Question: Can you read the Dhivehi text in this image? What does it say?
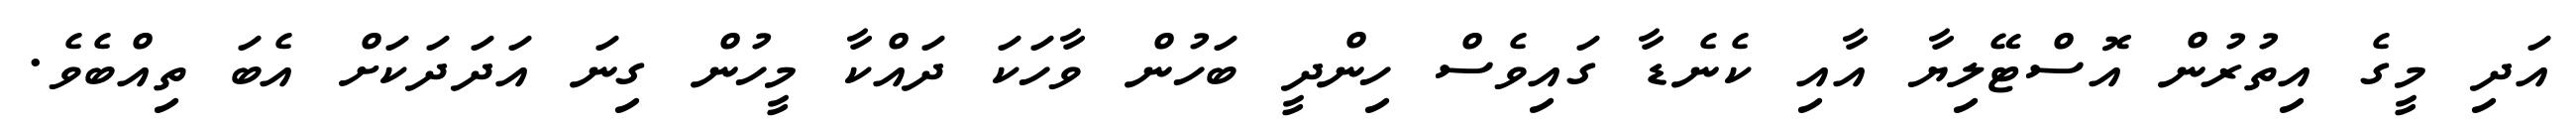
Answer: އަދި މީގެ އިތުރުން އޮސްޓޭލިޔާ އާއި ކެނެޑާ ގައިވެސް ހިންދީ ބަހުން ވާހަކަ ދައްކާ މީހުން ގިނަ އަދަދަކަށް އެބަ ތިއްބެވެ.